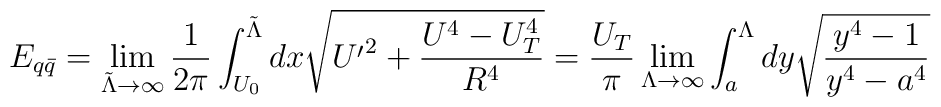
E_{q\bar{q}} =\lim_{{\tilde \Lambda}\rightarrow\infty}\frac{1}{2\pi}\int^{{\tilde \Lambda}}_{U_0} dx \sqrt{{U^{\prime}}^2+\frac{U^4-U^4_T}{R^4}}= \frac{U_T}{\pi} \lim_{\Lambda \rightarrow \infty}\int_a^{\Lambda} d y \sqrt{\frac{y^4 - 1}{y^4 - a^4}}